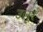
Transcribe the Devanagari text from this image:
उलूर